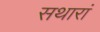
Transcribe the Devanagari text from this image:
सथारां